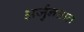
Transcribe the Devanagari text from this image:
अर्जुनताल